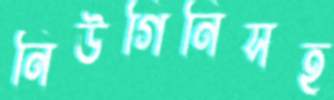
নিউগিনিসহ